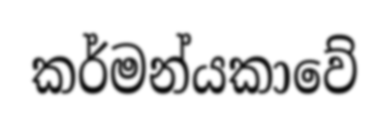
කර්මන්යකාවේ